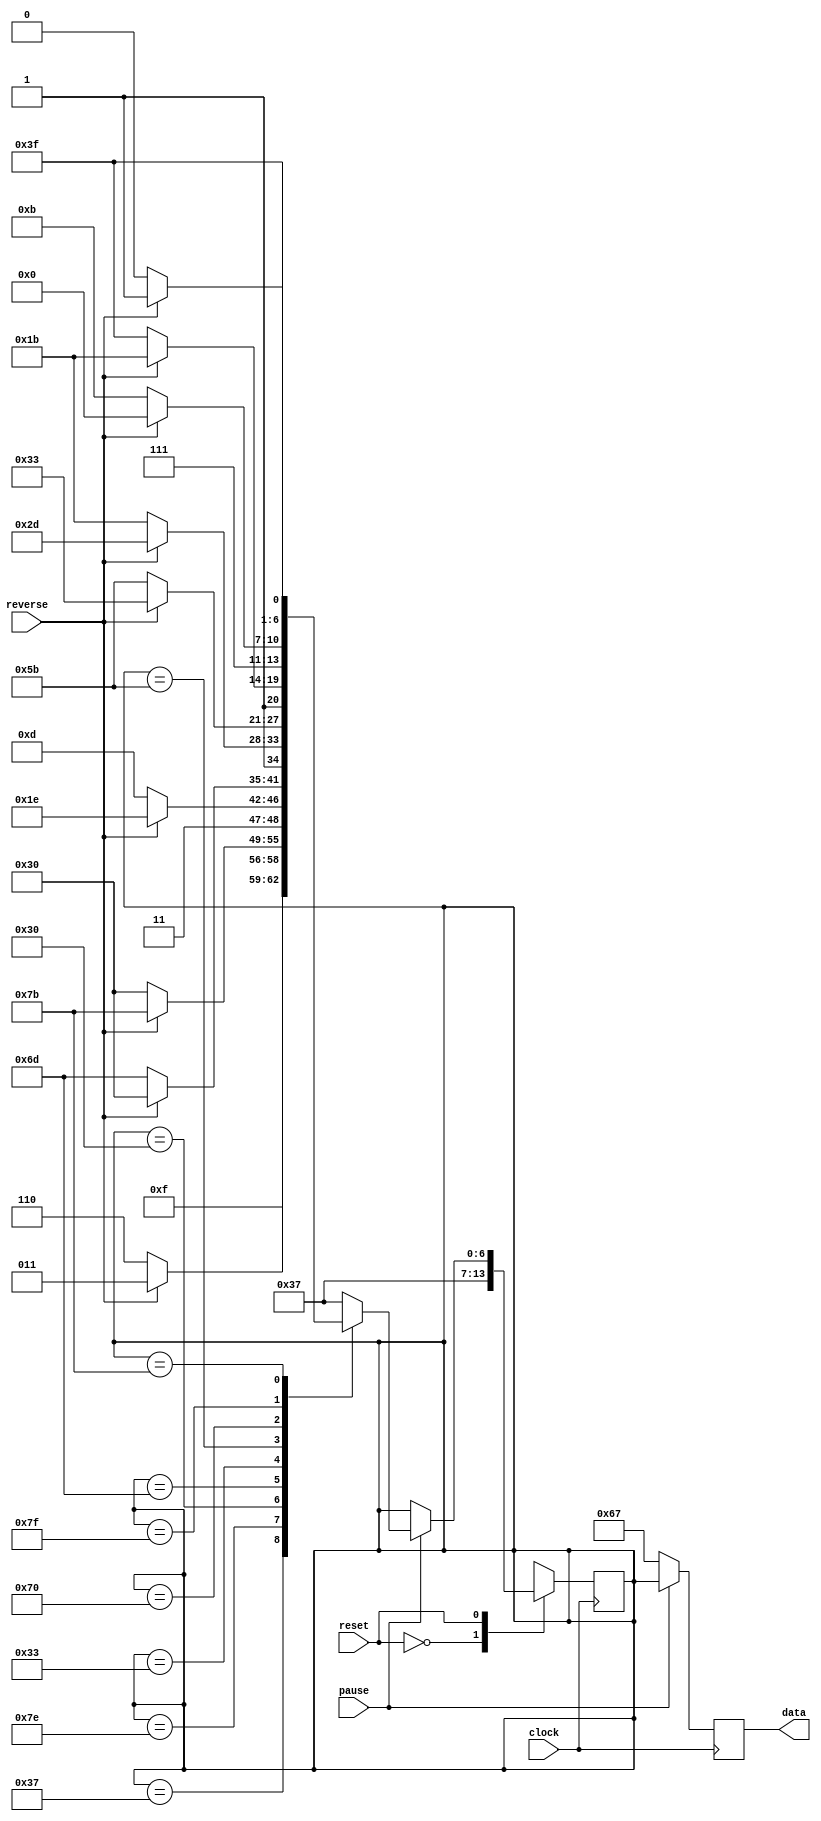
module Counter7SD(
  clock,
  reset,
  pause,
  reverse,
  data
  );
// I/O pins direction definition
input             clock;
input             reset;
input             pause;
input             reverse;
output reg [6:0]  data;
       reg [6:0]  temp_data;
// Constant values used in design

// 7 segment display states
// segment      =    abcdefg
// Number States
parameter ZERO  = 7'b1111110; // 0
parameter ONE   = 7'b0110000; // 1
parameter TWO   = 7'b1101101; // 2
parameter THREE = 7'b1101101; // 3
parameter FOUR  = 7'b0110011; // 4
parameter FIVE  = 7'b1011011; // 5
parameter SIX   = 7'b1011011; // 6
parameter SEVEN = 7'b1110000; // 7
parameter EIGHT = 7'b1111111; // 8
parameter NINE  = 7'b1111011; // 9

/*
parameter ZERO  = 0; // 0
parameter ONE   = 1; // 1
parameter TWO   = 2; // 2
parameter THREE = 3; // 3
parameter FOUR  = 4; // 4
parameter FIVE  = 5; // 5
parameter SIX   = 6; // 6
parameter SEVEN = 7; // 7
parameter EIGHT = 8; // 8
parameter NINE  = 9; // 9
*/

// Extra States
parameter PAUSE = 7'b1100111; // P
parameter HOLD  = 7'b0110111; // H

always @ ( posedge clock ) begin
  if (pause==0)
    data <= PAUSE;
  else
    data <= temp_data;
  case(reset)
    0: temp_data <= HOLD;
    1: case (pause)
              0: temp_data <= temp_data;
        default: case (temp_data)
                  HOLD:   case (reverse)
                                  0: temp_data <= ZERO;
                            default: temp_data <= NINE;
                          endcase
                  ZERO:   case (reverse)
                                  0: temp_data <= ONE;
                            default: temp_data <= NINE;
                          endcase
                  ONE:    case (reverse)
                                  0: temp_data <= TWO;
                            default: temp_data <= ZERO;
                          endcase
                  TWO:    case (reverse)
                                  0: temp_data <= THREE;
                            default: temp_data <= ONE;
                          endcase
                  THREE:  case (reverse)
                                  0: temp_data <= FOUR;
                            default: temp_data <= TWO;
                          endcase
                  FOUR:   case (reverse)
                                  0: temp_data <= FIVE;
                            default: temp_data <= THREE;
                          endcase
                  FIVE:   case (reverse)
                                  0: temp_data <= SIX;
                            default: temp_data <= FOUR;
                          endcase
                  SIX:     case (reverse)
                                  0: temp_data <= SEVEN;
                            default: temp_data <= FIVE;
                          endcase
                  SEVEN:  case (reverse)
                                  0: temp_data <= EIGHT;
                            default: temp_data <= SIX;
                          endcase
                  EIGHT:  case (reverse)
                                  0: temp_data <= NINE;
                            default: temp_data <= SEVEN;
                          endcase
                  NINE:   case (reverse)
                                  0: temp_data <= ZERO;
                            default: temp_data <= EIGHT;
                          endcase
                  default:temp_data <= HOLD;
                endcase
       endcase
  endcase
end
endmodule